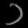
Digit: ၁